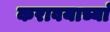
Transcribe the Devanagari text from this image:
करावयाच्यां